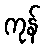
ကုန်